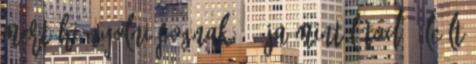
mert hiányolni fognak. - Ja mint látod - leült